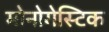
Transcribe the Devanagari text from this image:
मोनोगेस्टिक